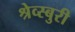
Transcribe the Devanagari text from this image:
श्रेव्स्बुरी